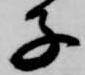
子